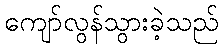
ကျော်လွန်သွားခဲ့သည်